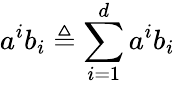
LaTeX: a^{i}b_{i}\triangleq\sum_{i=1}^{d}a^{i}b_{i}